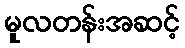
မူလတန်းအဆင့်